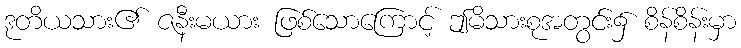
ဒုတိယသား၏ ဇနီးမယား ဖြစ်သောကြောင့် ဤမိသားစုအတွင်း၌ စိန်စိန်းမှာ